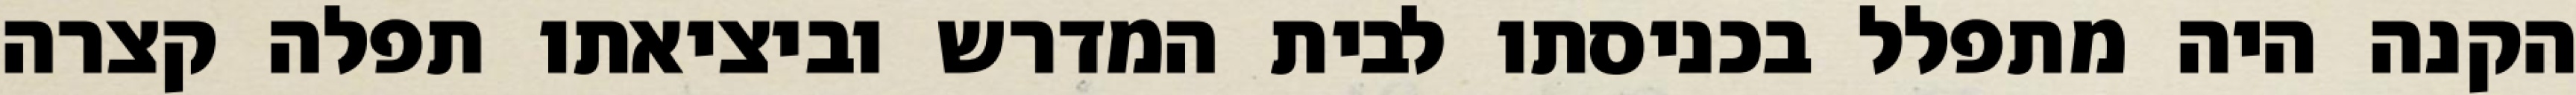
הקנה היה מתפלל בכניסתו לבית המדרש וביציאתו תפלה קצרה